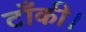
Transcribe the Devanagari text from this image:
टाँकी।